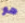
هو